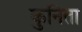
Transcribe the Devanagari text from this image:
कुनिता